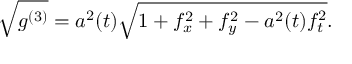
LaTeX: \sqrt { g ^ { ( 3 ) } } = { a ^ { 2 } ( t ) } \sqrt { 1 + f _ { x } ^ { 2 } + f _ { y } ^ { 2 } - a ^ { 2 } ( t ) f _ { t } ^ { 2 } } .